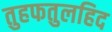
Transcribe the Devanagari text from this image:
तुहफतुलहिद